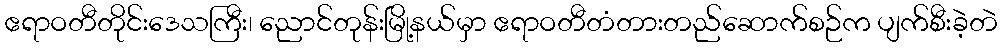
ဧရာဝတီတိုင်းဒေသကြီး၊ ညောင်တုန်းမြို့နယ်မှာ ဧရာဝတီတံတားတည်ဆောက်စဉ်က ပျက်စီးခဲ့တဲ